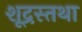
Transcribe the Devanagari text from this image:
शूद्रस्तथा